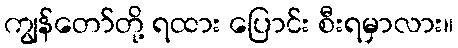
ကျွန်တော်တို့ ရထား ပြောင်း စီးရမှာလား။